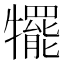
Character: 犤